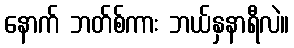
နောက် ဘတ်စ်ကား ဘယ်နှနာရီလဲ။